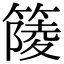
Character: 䉄